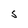
Character: S